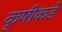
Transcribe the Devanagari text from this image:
कृषीकडे